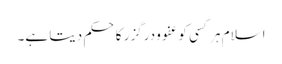
اسلام ہر کسی کو عفو و درگزر کا حکم دیتا ہے۔